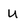
Character: U